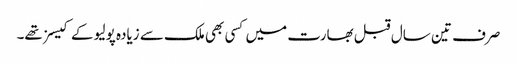
صرف تین سال قبل بھارت میں کسی بھی ملک سے زیادہ پولیو کے کیسز تھے۔